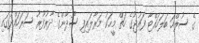
ގެ ސުލްހަ ބަލަހައްޓާ ފައުޖުގެ ހަތް މީހަކު މަރާލައިފި ސޫދާންގެ ދާރުފޫރު ސަރަހައްދުގައި